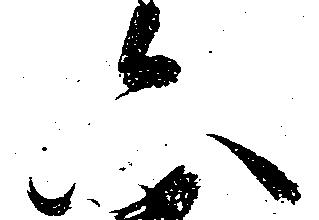
六